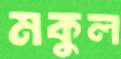
মকুল